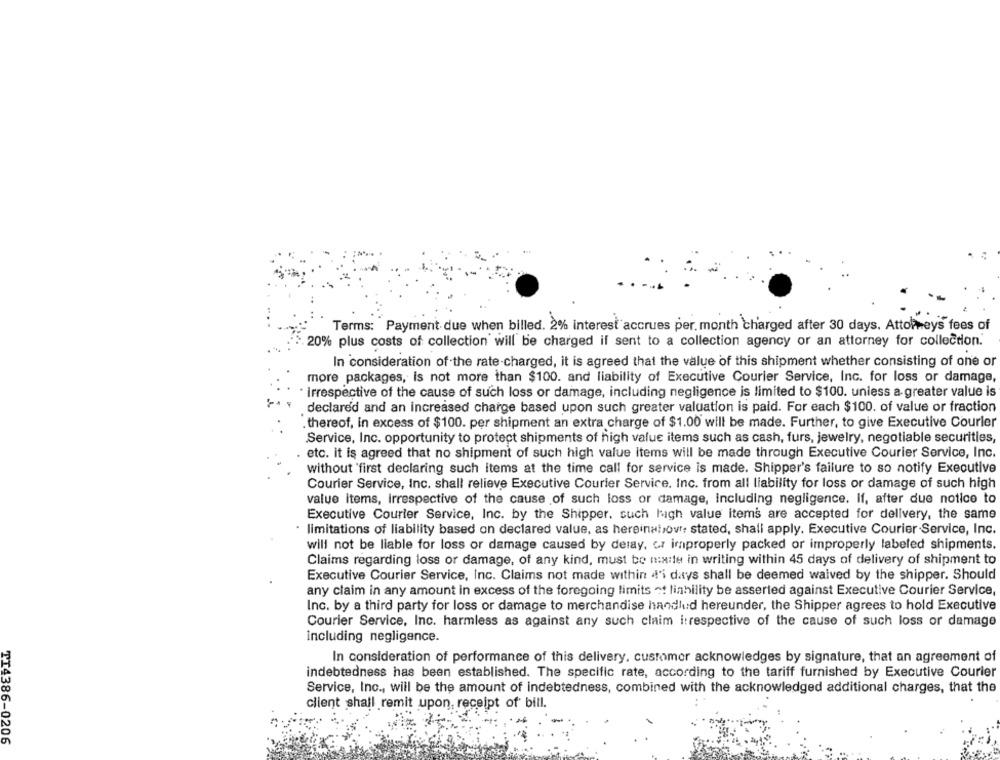
Terms: Payment due when billed. 2% interest accrues per. month charged after 30 days, Attorneys fees of
20% plus costs of collection will be charged if sent to a collection agency or an attorney for collection.
In consideration of the rate-charged, it is agreed that the value of this shipment whether consisting of one or
more packages, is not more than $100. and liability of Executive Courier Service, Inc. for loss or damage,
irrespective of the cause of such loss or damage, including negligence is limited to $100. unless a greater value is
declared and an increased charge based upon such greater valuation is paid. For each $100. of value or fraction
. thereof, in excess of $100. per shipment an extra charge of $1.00 will be made. Further, to give Executive Courier
Service, Inc. opportunity to protect shipments of high value items such as cash, furs, jewelry, negotiable securities,
etc. it is agreed that no shipment of such high value items will be made through Executive Courier Service, Inc.
without 'first declaring such items at the time call for service is made. Shipper's failure to so notify Executive
Courier Service, Inc. shall relieve Executive Courier Service, Inc. from all liability for loss or damage of such high
value items, irrespective of the cause of such loss or damage, Including negligence. If, after due notice to
Executive Courier Service, Inc. by the Shipper. such high value items are accepted for delivery, the same
limitations of liability based on declared value, as hereinalsovr: stated, shall apply. Executive Courier Service, Inc.
will not be liable for loss or damage caused by delay, or improperly packed or improperly labeled shipments.
Claims regarding loss or damage, of any kind, must be na:le in writing within 45 days of delivery of shipment to
Executive Courier Service, Inc. Claims not made within d'i days shall be deemed waived by the shipper. Should
any claim in any amount in excess of the foregoing limits of linhility be asserted against Executive Courier Service,
Inc. by a third party for loss or damage to merchandise handlud hereunder, the Shipper agrees to hold Executive
Courier Service, Inc. harmless as against any such claim irrespective of the cause of such loss or damage
including negligence.
In consideration of performance of this delivery. customer acknowledges by signature, that an agreement of
indebtedness has been established. The specific rate, according to the tariff furnished by Executive Courier
Service, Inc ., will be the amount of indebtedness, combined with the acknowledged additional charges, that the
client shall remit upon, receipt of bill.
TI4386-0206